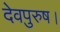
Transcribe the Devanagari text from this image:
देवपुरुष।